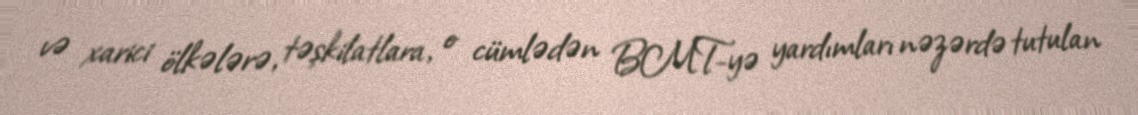
və xarici ölkələrə, təşkilatlara, o cümlədən BMT-yə yardımları nəzərdə tutulan